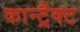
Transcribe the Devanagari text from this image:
कान्ट्रैक्ट